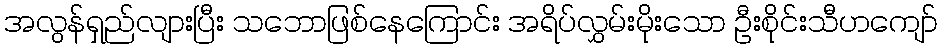
အလွန်ရှည်လျားပြီး သဘောဖြစ်နေကြောင်း အရိပ်လွှမ်းမိုးသော ဦးစိုင်းသီဟကျော်